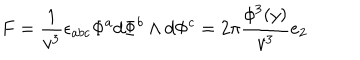
F = \frac 1 { v ^ { 3 } } \epsilon _ { a b c } \Phi ^ { a } d \Phi ^ { b } \wedge d \Phi ^ { c } = 2 \pi \frac { \phi ^ { 3 } ( y ) } { v ^ { 3 } } e _ { 2 }